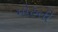
મોહતી